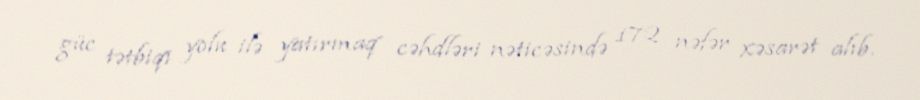
güc tətbiqi yolu ilə yatırmaq cəhdləri nəticəsində 172 nəfər xəsarət alıb.